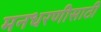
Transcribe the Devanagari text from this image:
मनधरणीसाठी